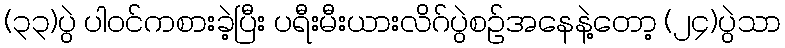
(၃၃)ပွဲ ပါဝင်ကစားခဲ့ပြီး ပရီးမီးယားလိဂ်ပွဲစဉ်အနေနဲ့တော့ (၂၄)ပွဲသာ